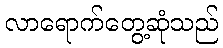
လာရောက်တွေ့ဆုံသည်